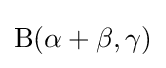
\mathrm {B} (\alpha +\beta ,\gamma )